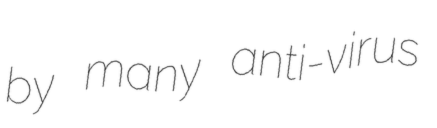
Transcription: by many anti-virus